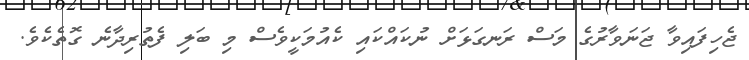
ޖެހިފައިވާ ޖަނަވާރުގެ މަސް ރަނގަޅަށް ނުކައްކައި ކެއުމަކީވެސް މި ބަލި ފެތުރިދާނެ ގޮތެކެވެ.